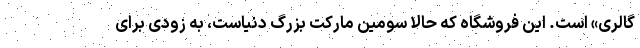
گالری» است. این فروشگاه که حالا سومین مارکت بزرگ دنیاست، به زودی برای